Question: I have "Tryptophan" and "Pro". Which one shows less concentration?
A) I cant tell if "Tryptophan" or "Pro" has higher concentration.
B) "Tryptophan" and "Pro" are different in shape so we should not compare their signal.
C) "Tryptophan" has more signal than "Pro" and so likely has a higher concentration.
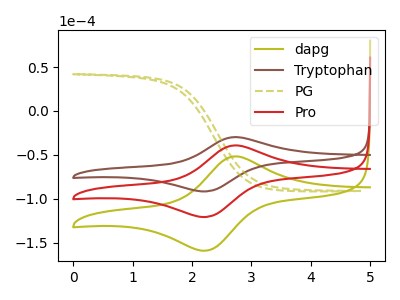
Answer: <think>The olive curve "dapg" has an anodic peak at (2.75V, -78.60uA) and a cathodic peak at (2.20V, -241.70uA). The brown curve "Tryptophan" has an anodic peak at (2.75V, -29.80uA) and a cathodic peak at (2.20V, -91.70uA). The olive dashed curve "PG" has no peaks. The red curve "Pro" has an anodic peak at (2.75V, -39.30uA) and a cathodic peak at (2.20V, -120.85uA).
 All the peaks in "Tryptophan" have a peak in "Pro" at the same potential.</think>
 <answer>A) I cant tell if "Tryptophan" or "Pro" has higher concentration.</answer>
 <eval>A</eval>